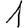
Digit: 1